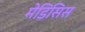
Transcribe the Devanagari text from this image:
मेडिसिस